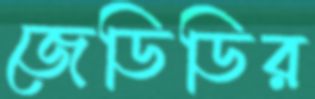
জেডিডির